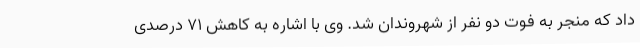
داد که منجر به فوت دو نفر از شهروندان شد. وی با اشاره به کاهش 71 درصدی